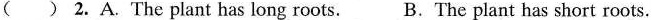
( ) 2. A.The plant has long roots. B.The plant has short roots.